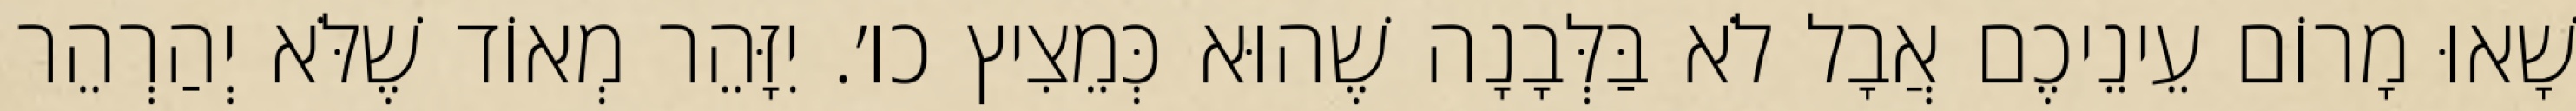
שָׁאוּ מָרוֹם עֵינֵיכֶם אֲבָל לֹא בַּלְּבָנָה שֶׁהוּא כְּמֵצִיץ כו׳. יִזָּהֵר מְאוֹד שֶׁלֹּא יְהַרְהֵר